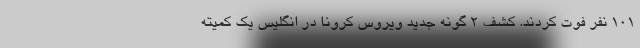
۱۰۱ نفر فوت کردند. کشف ۲ گونه جدید ویروس کرونا در انگلیس یک کمیته